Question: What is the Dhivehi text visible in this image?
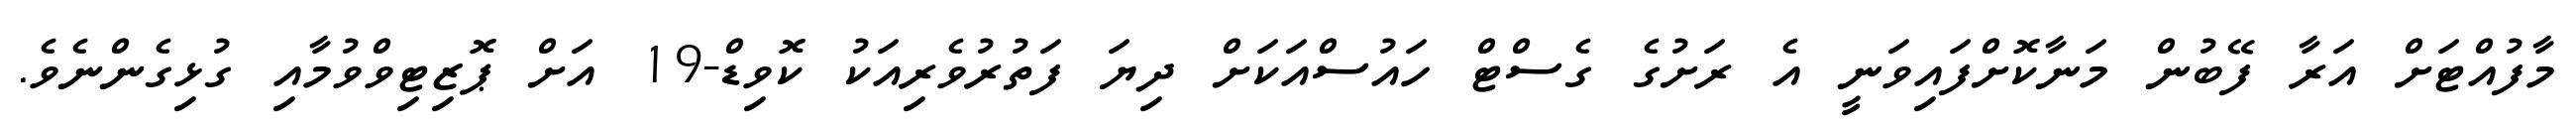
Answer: މާފުއްޓަށް އަރާ ފޭބުން މަނާކޮށްފައިވަނީ އެ ރަށުގެ ގެސްޓް ހައުސްއަކަށް ދިޔަ ފަތުރުވެރިއަކު ކޮވިޑް-19 އަށް ޕޮޒިޓިވްވުމާއި ގުޅިގެންނެވެ.